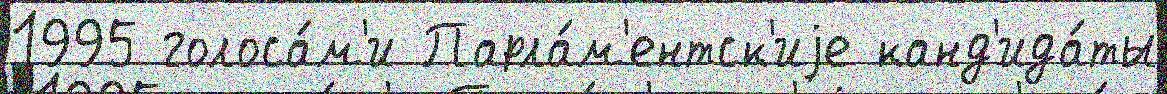
1995 голоса́м'и Парла́м'ентск'иjе канд'ида́ты